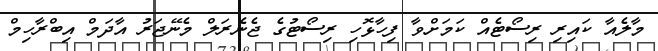
މާލެއާ ކައިރި ރިސޯޓެއް ކަމަށްވާ ފިހާޅޮހި ރިސޯޓުގެ ޖެނެރަލް މެނޭޖަރު އާދަމް އިބްރާހިމް